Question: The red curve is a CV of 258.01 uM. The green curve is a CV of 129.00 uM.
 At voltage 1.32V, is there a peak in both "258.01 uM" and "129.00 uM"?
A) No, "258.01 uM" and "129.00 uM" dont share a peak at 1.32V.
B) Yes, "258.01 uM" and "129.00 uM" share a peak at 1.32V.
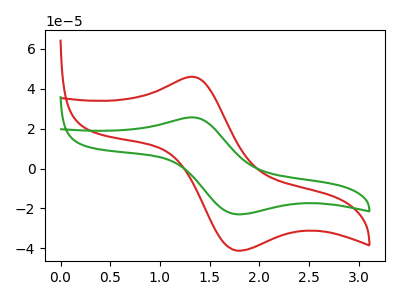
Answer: <think>The red curve "258.01 uM" has an anodic peak at (1.30V, 46.00uA) and a cathodic peak at (1.75V, -41.15uA). The green curve "129.00 uM" has an anodic peak at (1.30V, 25.65uA) and a cathodic peak at (1.75V, -22.95uA).</think>
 <answer>B) Yes, "258.01 uM" and "129.00 uM" share a peak at 1.32V.</answer>
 <eval>B</eval>